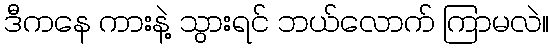
ဒီကနေ ကားနဲ့ သွားရင် ဘယ်လောက် ကြာမလဲ။